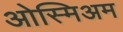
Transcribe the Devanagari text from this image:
ओस्मिअम